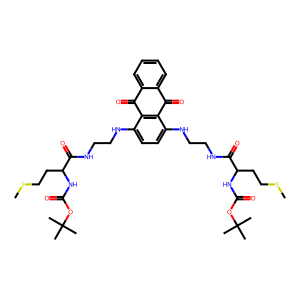
SMILES: CSCCC(NC(=O)OC(C)(C)C)C(=O)NCCNc1ccc(NCCNC(=O)C(CCSC)NC(=O)OC(C)(C)C)c2c1C(=O)c1ccccc1C2=O
Inhibits HIV replication: No